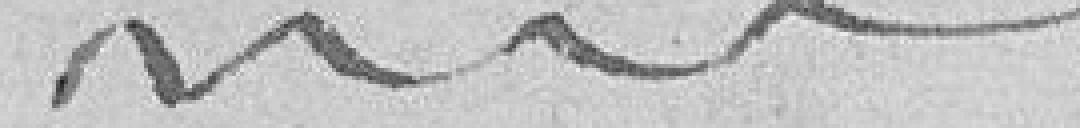
-------